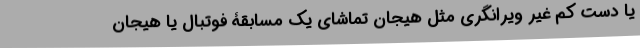
یا دست کم غیر ویرانگری مثل هیجان تماشای یک مسابقۀ فوتبال یا هیجان